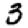
Digit: 3